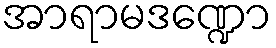
အာရာမဒဏ္ဍော